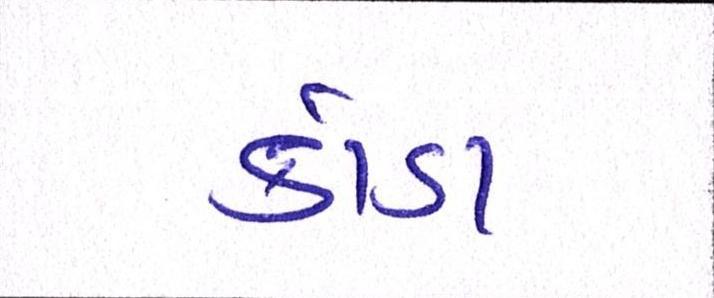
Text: કાંડા